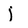
Character: j